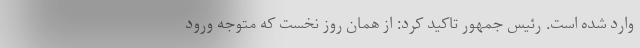
وارد شده است. رئیس جمهور تاکید کرد: از همان روز نخست که متوجه ورود